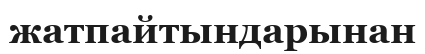
жатпайтындарынан